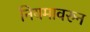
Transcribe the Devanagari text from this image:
नियमावरुन